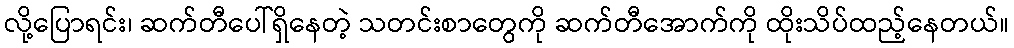
လို့ပြောရင်း၊ ဆက်တီပေါ်ရှိနေတဲ့ သတင်းစာတွေကို ဆက်တီအောက်ကို ထိုးသိပ်ထည့်နေတယ်။